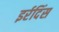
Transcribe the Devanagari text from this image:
इर्रदिंस